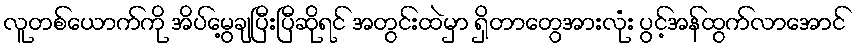
လူတစ်ယောက်ကို အိပ်မွေ့ချပြီးပြီဆိုရင် အတွင်းထဲမှာ ရှိတာတွေအားလုံး ပွင့်အန်ထွက်လာအောင်